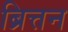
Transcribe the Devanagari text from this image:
ब्रित्तन